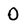
Character: 0